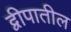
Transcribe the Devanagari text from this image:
द्वीपातील